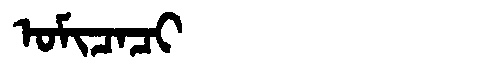
Manchu: ᠣᠮᡳᠴᠠᠴᡳ
Romanization: OMICACI